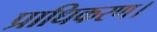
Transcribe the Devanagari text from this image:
प्राधिकरण।